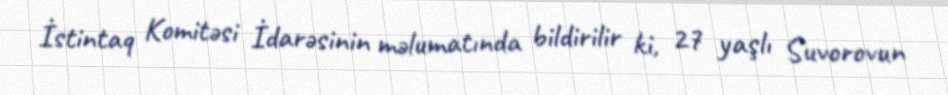
İstintaq Komitəsi İdarəsinin məlumatında bildirilir ki, 27 yaşlı Suvorovun